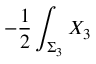
- { \frac { 1 } { 2 } } \int _ { \Sigma _ { 3 } } X _ { 3 }